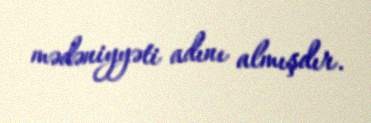
mədəniyyəti adını almışdır.